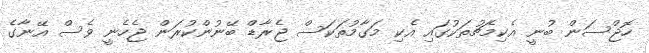
ހޮޖްސަން ބުނީ އެކިމެޗުތަކުގައި އެކި މަގާމުތަކަސް ޖެރާޑް ބޭނުންކުރަން ޖެހެނީ ވެސް އޭނާގެ